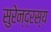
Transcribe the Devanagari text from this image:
सुरेन्द्रस्य